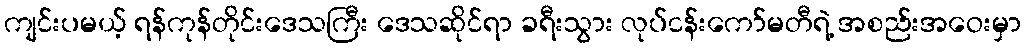
ကျင်းပမယ့် ရန်ကုန်တိုင်းဒေသကြီး ဒေသဆိုင်ရာ ခရီးသွား လုပ်ငန်းကော်မတီရဲ့ အစည်းအဝေးမှာ